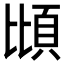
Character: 𫖝